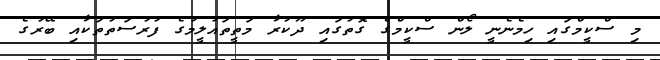
މި ސްކީމްގައި ހިމެނެނީ ލޯން ސްކީމްގެ ގޮތުގައި ދޫކުރާ މަތީތައުލީމުގެ ފުރުސަތުތަކާއި ބޭރުގެ